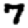
Digit: 7